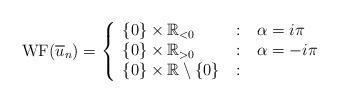
LaTeX: \begin{align*} \mathrm{WF}(\overline{u}_n) = \left\{ \begin{array}{l@{\quad:\quad}l} \{0\} \times \mathbb{R}_{<0} & \alpha = i\pi\\ \{0\} \times \mathbb{R}_{>0} & \alpha = -i\pi\\ \{0\} \times \mathbb{R} \setminus \{0\} & \end{array}\right. \end{align*}